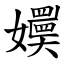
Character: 嬽